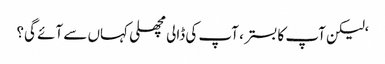
‘لیکن آپ کا بستر ، آپ کی ڈالی مچھلی کہاں سے آئے گی؟